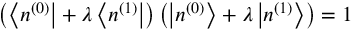
\left( \left\langle n ^ { ( 0 ) } \right| + \lambda \left\langle n ^ { ( 1 ) } \right| \right) \left( \left| n ^ { ( 0 ) } \right\rangle + \lambda \left| n ^ { ( 1 ) } \right\rangle \right) = 1